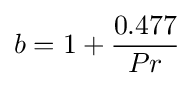
{b=1+{0.477 \over Pr}}